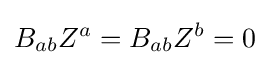
B_{ab}Z^{a}=B_{ab}Z^{b}=0